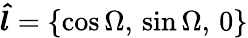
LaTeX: \boldsymbol{\hat{l}}=\left\{ \cos\Omega,\, \sin\Omega,\, 0\right\}